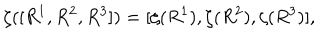
\zeta ( [ R ^ { 1 } , R ^ { 2 } , R ^ { 3 } ] ) = [ \zeta ( R ^ { 1 } ) , \zeta ( R ^ { 2 } ) , \zeta ( R ^ { 3 } ) ] ,